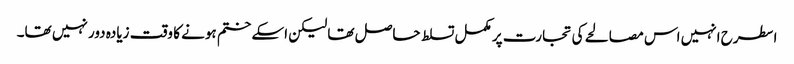
اسطرح انہیں اس مصالحے کی تجارت پر مکمل تسلط حاصل تھا لیکن اسکے ختم ہونے کا وقت زیادہ دور نہیں تھا۔